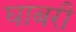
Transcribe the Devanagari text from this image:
घाबरी